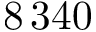
8 \, 3 4 0